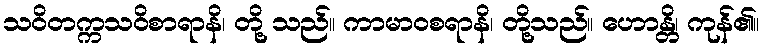
သဝိတက္ကသဝိစာရာနိ၊ တို့ သည်။ ကာမာဝစရာနိ၊ တို့သည်။ ဟောန္တိ၊ ကုန်၏။